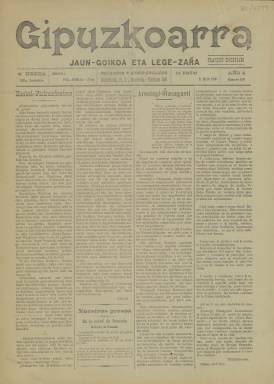
Título: Gipuzkoarra (Donostia)
Colección: Periódicos
Ámbito geográfico: Guipúzcoa
Lugar de publicación: Donostia [Guipúzcoa]
Fechas: 21/05/1910-21/05/1910